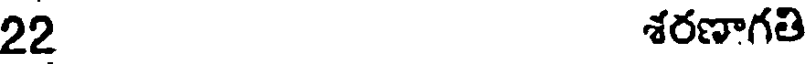
22 శరణాగతి